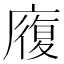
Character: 𭙷